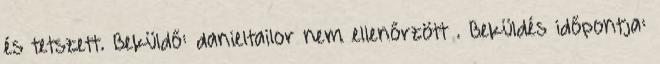
és tetszett. Beküldő: danieltailor nem ellenőrzött . Beküldés időpontja: